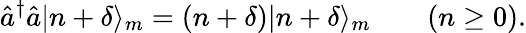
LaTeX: \hat{a}^{\dagger}\hat{a}|n+\delta\rangle_{m}=(n+\delta)|n+\delta\rangle_{m}\qquad(n\geq 0).